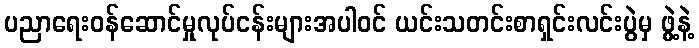
ပညာရေးဝန်ဆောင်မှုလုပ်ငန်းများအပါဝင် ယင်းသတင်းစာရှင်းလင်းပွဲမှ ဖွဲ့နဲ့